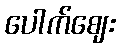
ပေါက်ဈေး